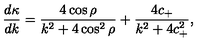
\frac { d \kappa } { d k } = \frac { 4 \cos \rho } { k ^ { 2 } + 4 \cos ^ { 2 } \rho } + \frac { 4 c _ { + } } { k ^ { 2 } + 4 c _ { + } ^ { 2 } } ,